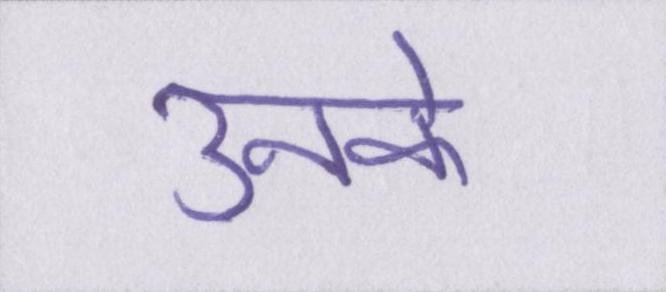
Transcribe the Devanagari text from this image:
उनके